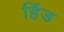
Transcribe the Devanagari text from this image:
हिंड